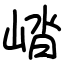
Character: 崉